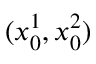
( x _ { 0 } ^ { 1 } , x _ { 0 } ^ { 2 } )